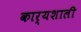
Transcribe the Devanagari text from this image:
कार्यशाली